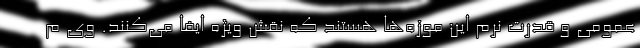
عمومی و قدرت نرم این موزه‌ها هستند که نقش ویژه ایفا می‌کنند. وی م